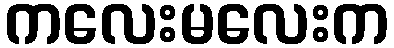
ကလေးမလေးက